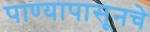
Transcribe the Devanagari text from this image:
पाण्यापासूनचे